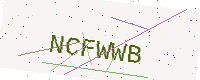
Text: NCFWWB